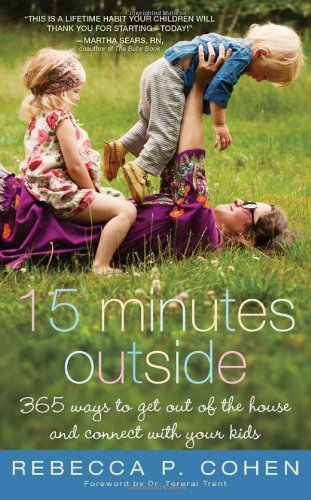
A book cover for Fifteen Minutes Outside: 365 Ways to Get Out of the House and Connect with Your Kids; Rebecca Cohen; Parenting & Relationships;